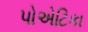
પોએટિકા